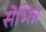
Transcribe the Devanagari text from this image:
सेभिन्न